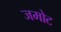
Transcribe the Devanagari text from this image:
जमोट